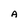
Character: A